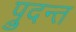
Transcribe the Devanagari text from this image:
प्रुदन्त